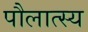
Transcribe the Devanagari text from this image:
पौलात्स्य